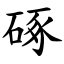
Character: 硺